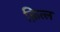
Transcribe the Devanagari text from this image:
क़ित्ल